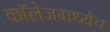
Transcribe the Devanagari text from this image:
कॉलेजमध्येच